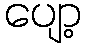
ပျော့